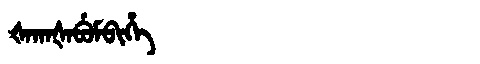
Manchu: ᡧᠠᡴᠠᡧᠠᠪᡠᠮᠪᡳᡥᡝ
Romanization: ŠAKAŠABUMBIHE